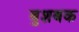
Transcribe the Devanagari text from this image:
बुशबक